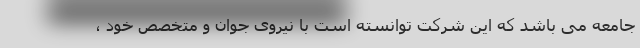
جامعه می باشد که این شرکت توانسته است با نیروی جوان و متخصص خود ،